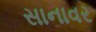
સાનાવર